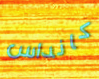
كانداس